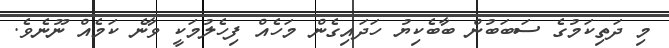
މި ދަތިކަމުގެ ސަބަބުން ބާބެކިޔު ހަދައިގެން މަހެއް ފިހެލުމަކީ ވާނެ ކަމެއް ނޫނެވެ.